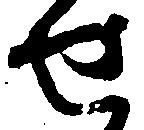
せ